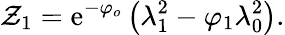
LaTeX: {\mathcal{Z}}_{1}=\mathrm{{e}}^{-\varphi_{o}}\left(\lambda_{1}^{2}-\varphi_{1}\lambda_{0}^{2}\right).